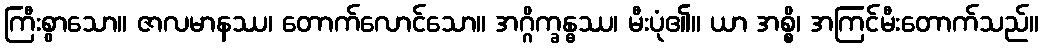
ကြီးစွာသော။ ဇာလမာနဿ၊ တောက်လောင်သော။ အဂ္ဂိက္ခန္ဓဿ၊ မီးပုံ၏။ ယာ အစ္စိ၊ အကြင်မီးတောက်သည်။